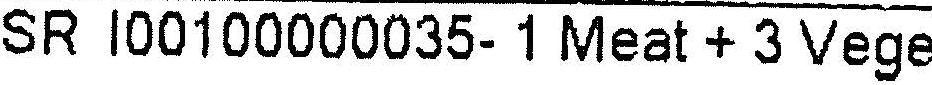
SR I00100000035- 1 MEAT + 3 VEGE